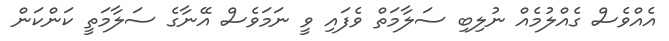
އެއްވެސް ގެއްލުމެއް ނުލިބި ސަލާމަތް ވެފައި ވީ ނަމަވެސް އޭނާގެ ސަލާމަތީ ކަންކަން